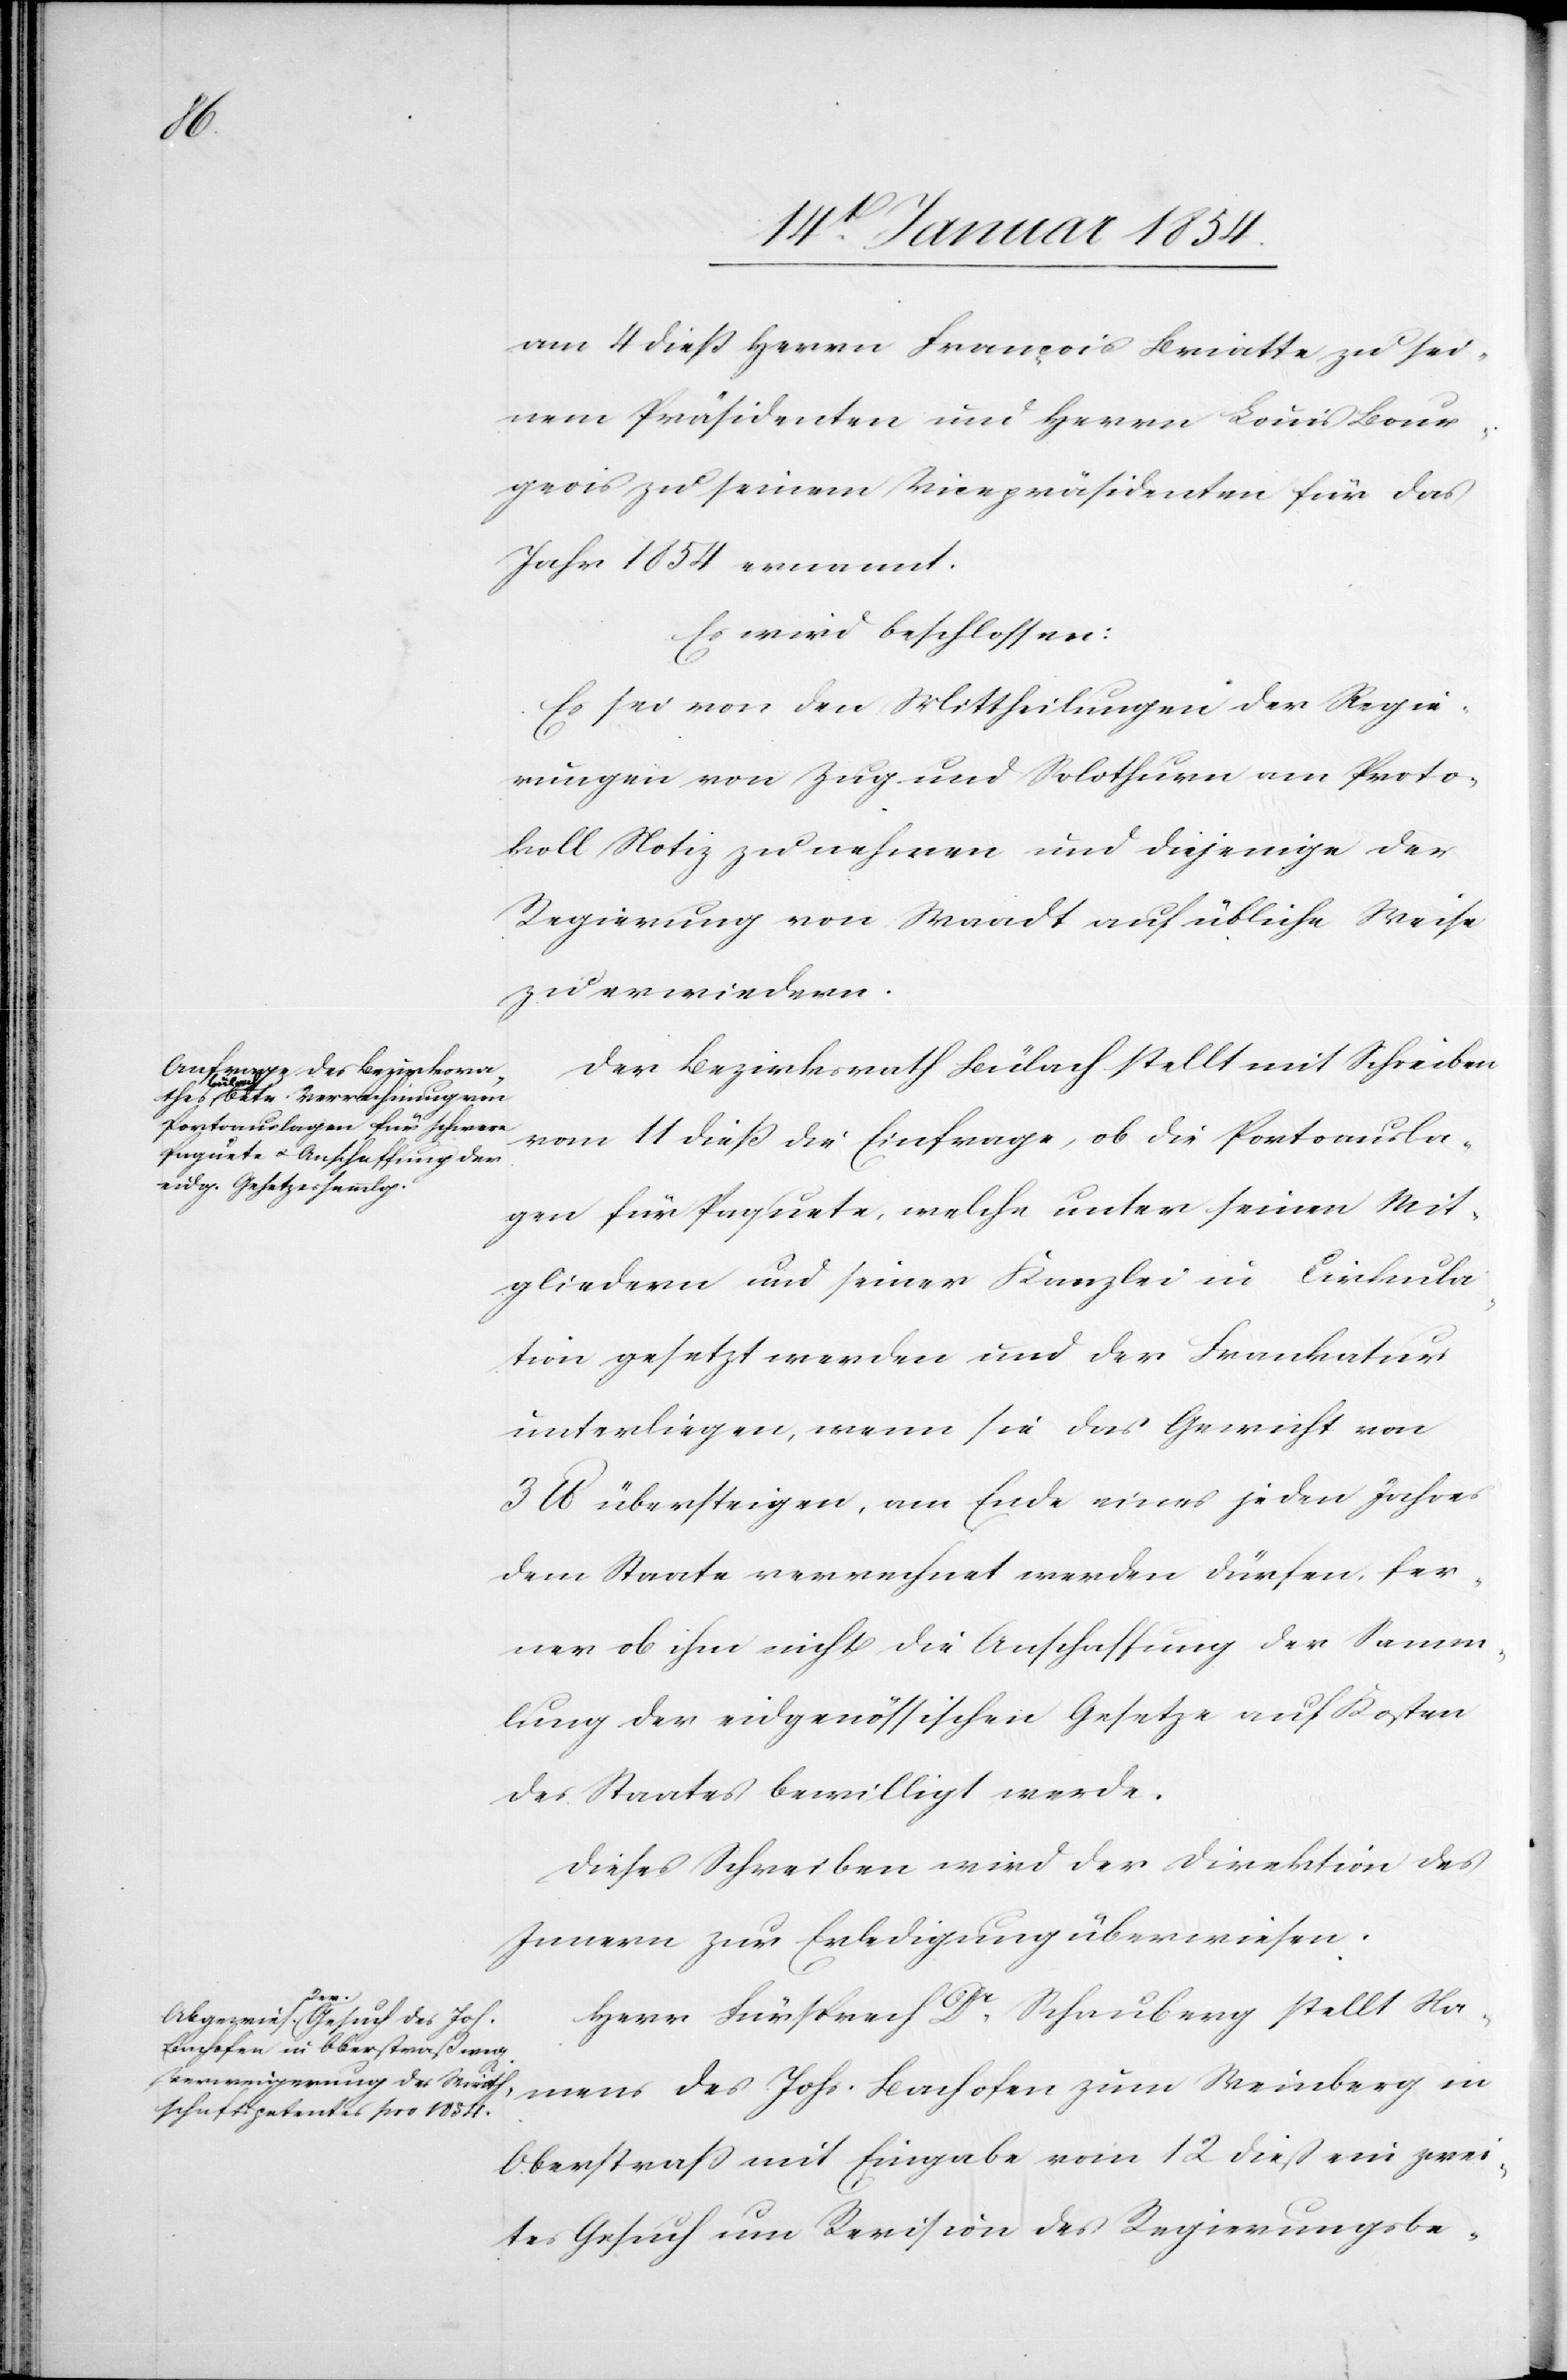
am 4 dieß Herrn François Briatte zu sei¬
nem Präsidenten und Herrn Louis Bour¬
geois zu seinem Vicepräsidenten für das
Jahr 1854 ernannt.
Es wird beschlossen:
Es sei von den Mittheilungen der Regie¬
rungen von Zug und Solothurn am Proto¬
koll Notiz zu nehmen und diejenige der
Regierung von Waadt auf übliche Weise
zu erwiedern.
Der Bezirksrath Bülach stellt mit Schreiben
vom 11 dieß die Einfrage, ob die Portoausla¬
gen für Paquete, welche unter seinen Mit¬
gliedern und seiner Kanzlei in Cirkula¬
tion gesetzt werden und der Frankatur
unterliegen, wenn sie das Gewicht von
3 lb übersteigen, am Ende eines jeden Jahres
dem Staate verrechnet werden dürfen, fer¬
ner ob ihn nicht die Anschaffung der Samm¬
lung der eidgenössischen Gesetze auf Kosten
des Staates bewilligt werde.
Dieses Schreiben wird der Direktion des
Innern zur Erledigung überwiesen.
Herr Fürsprech Dr Schauberg stellt Na¬
mens des Johs. Bachofen zum Weinberg in
Oberstraß mit Eingabe vom 12 dieß ein zwei¬
tes Gesuch um Revision des Regierungsbe-